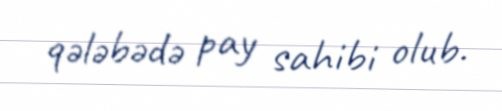
qələbədə pay sahibi olub.